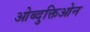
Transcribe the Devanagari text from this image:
ओब्दुक्तिओन